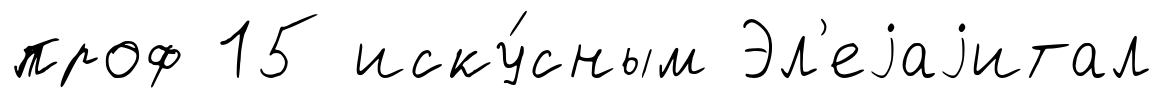
проф 15 иску́сным Эл'еjаjитал